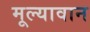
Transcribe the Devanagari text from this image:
मूल्‍यावान